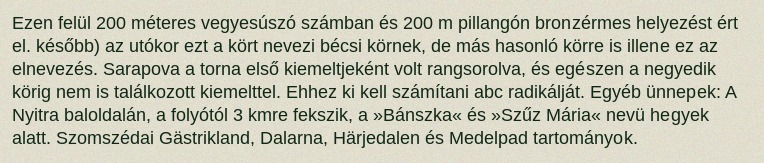
Ezen felül 200 méteres vegyesúszó számban és 200 m pillangón bronzérmes helyezést ért el. később) az utókor ezt a kört nevezi bécsi körnek, de más hasonló körre is illene ez az elnevezés. Sarapova a torna első kiemeltjeként volt rangsorolva, és egészen a negyedik körig nem is találkozott kiemelttel. Ehhez ki kell számítani abc radikálját. Egyéb ünnepek: A Nyitra baloldalán, a folyótól 3 kmre fekszik, a »Bánszka« és »Szűz Mária« nevü hegyek alatt. Szomszédai Gästrikland, Dalarna, Härjedalen és Medelpad tartományok.